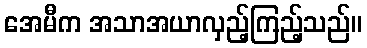
အေမီက အသာအယာလှည့်ကြည့်သည်။